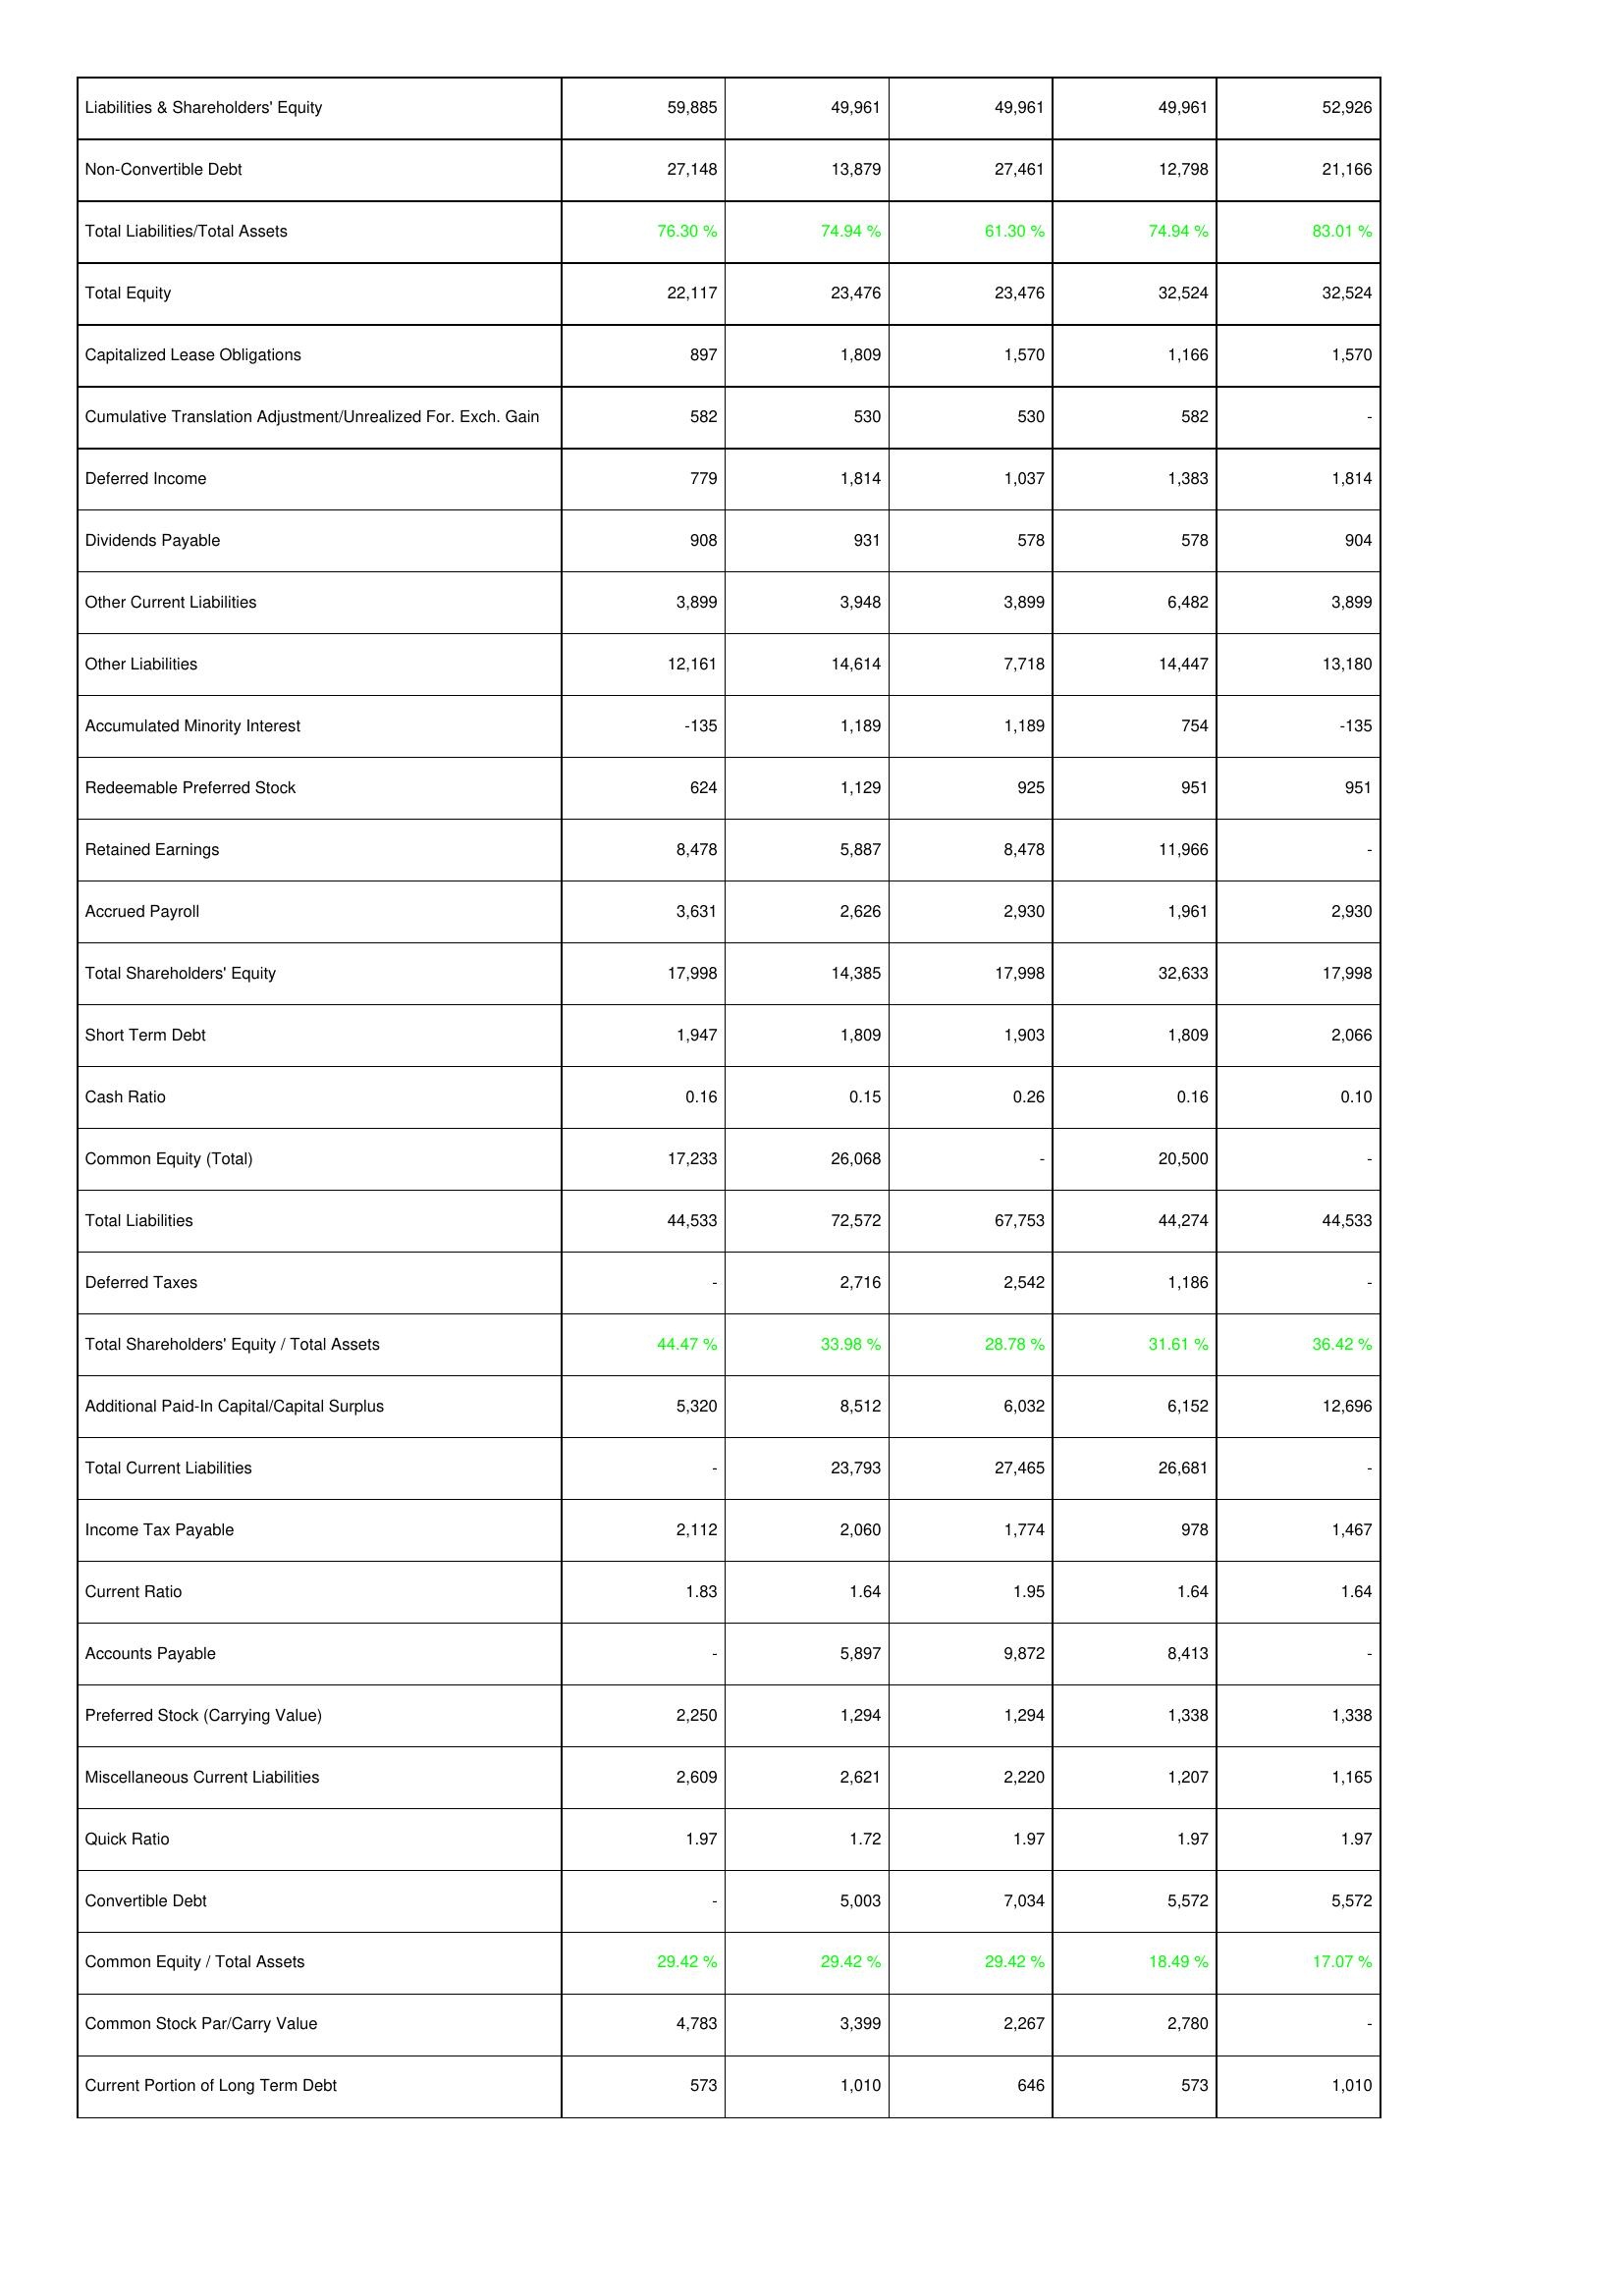
2009: Liabilities & Shareholders' Equity: Liabilities & Shareholders' Equity: 59,885
Non-Convertible Debt: 27,148
Total Liabilities/Total Assets: 76.30 %
Total Equity: 22,117
Capitalized Lease Obligations: 897
Cumulative Translation Adjustment/Unrealized For. Exch. Gain: 582
Deferred Income: 779
Dividends Payable: 908
Other Current Liabilities: 3,899
Other Liabilities: 12,161
Accumulated Minority Interest: -135
Redeemable Preferred Stock: 624
Retained Earnings: 8,478
Accrued Payroll: 3,631
Total Shareholders' Equity: 17,998
Short Term Debt: 1,947
Cash Ratio: 0.16
Common Equity (Total): 17,233
Total Liabilities: 44,533
Deferred Taxes: -
Total Shareholders' Equity / Total Assets: 44.47 %
Additional Paid-In Capital/Capital Surplus: 5,320
Total Current Liabilities: -
Income Tax Payable: 2,112
Current Ratio: 1.83
Accounts Payable: -
Preferred Stock (Carrying Value): 2,250
Miscellaneous Current Liabilities: 2,609
Quick Ratio: 1.97
Convertible Debt: -
Common Equity / Total Assets: 29.42 %
Common Stock Par/Carry Value: 4,783
Current Portion of Long Term Debt: 573
2010: Liabilities & Shareholders' Equity: Liabilities & Shareholders' Equity: 49,961
Non-Convertible Debt: 13,879
Total Liabilities/Total Assets: 74.94 %
Total Equity: 23,476
Capitalized Lease Obligations: 1,809
Cumulative Translation Adjustment/Unrealized For. Exch. Gain: 530
Deferred Income: 1,814
Dividends Payable: 931
Other Current Liabilities: 3,948
Other Liabilities: 14,614
Accumulated Minority Interest: 1,189
Redeemable Preferred Stock: 1,129
Retained Earnings: 5,887
Accrued Payroll: 2,626
Total Shareholders' Equity: 14,385
Short Term Debt: 1,809
Cash Ratio: 0.15
Common Equity (Total): 26,068
Total Liabilities: 72,572
Deferred Taxes: 2,716
Total Shareholders' Equity / Total Assets: 33.98 %
Additional Paid-In Capital/Capital Surplus: 8,512
Total Current Liabilities: 23,793
Income Tax Payable: 2,060
Current Ratio: 1.64
Accounts Payable: 5,897
Preferred Stock (Carrying Value): 1,294
Miscellaneous Current Liabilities: 2,621
Quick Ratio: 1.72
Convertible Debt: 5,003
Common Equity / Total Assets: 29.42 %
Common Stock Par/Carry Value: 3,399
Current Portion of Long Term Debt: 1,010
2011: Liabilities & Shareholders' Equity: Liabilities & Shareholders' Equity: 49,961
Non-Convertible Debt: 27,461
Total Liabilities/Total Assets: 61.30 %
Total Equity: 23,476
Capitalized Lease Obligations: 1,570
Cumulative Translation Adjustment/Unrealized For. Exch. Gain: 530
Deferred Income: 1,037
Dividends Payable: 578
Other Current Liabilities: 3,899
Other Liabilities: 7,718
Accumulated Minority Interest: 1,189
Redeemable Preferred Stock: 925
Retained Earnings: 8,478
Accrued Payroll: 2,930
Total Shareholders' Equity: 17,998
Short Term Debt: 1,903
Cash Ratio: 0.26
Common Equity (Total): -
Total Liabilities: 67,753
Deferred Taxes: 2,542
Total Shareholders' Equity / Total Assets: 28.78 %
Additional Paid-In Capital/Capital Surplus: 6,032
Total Current Liabilities: 27,465
Income Tax Payable: 1,774
Current Ratio: 1.95
Accounts Payable: 9,872
Preferred Stock (Carrying Value): 1,294
Miscellaneous Current Liabilities: 2,220
Quick Ratio: 1.97
Convertible Debt: 7,034
Common Equity / Total Assets: 29.42 %
Common Stock Par/Carry Value: 2,267
Current Portion of Long Term Debt: 646
2012: Liabilities & Shareholders' Equity: Liabilities & Shareholders' Equity: 49,961
Non-Convertible Debt: 12,798
Total Liabilities/Total Assets: 74.94 %
Total Equity: 32,524
Capitalized Lease Obligations: 1,166
Cumulative Translation Adjustment/Unrealized For. Exch. Gain: 582
Deferred Income: 1,383
Dividends Payable: 578
Other Current Liabilities: 6,482
Other Liabilities: 14,447
Accumulated Minority Interest: 754
Redeemable Preferred Stock: 951
Retained Earnings: 11,966
Accrued Payroll: 1,961
Total Shareholders' Equity: 32,633
Short Term Debt: 1,809
Cash Ratio: 0.16
Common Equity (Total): 20,500
Total Liabilities: 44,274
Deferred Taxes: 1,186
Total Shareholders' Equity / Total Assets: 31.61 %
Additional Paid-In Capital/Capital Surplus: 6,152
Total Current Liabilities: 26,681
Income Tax Payable: 978
Current Ratio: 1.64
Accounts Payable: 8,413
Preferred Stock (Carrying Value): 1,338
Miscellaneous Current Liabilities: 1,207
Quick Ratio: 1.97
Convertible Debt: 5,572
Common Equity / Total Assets: 18.49 %
Common Stock Par/Carry Value: 2,780
Current Portion of Long Term Debt: 573
2013: Liabilities & Shareholders' Equity: Liabilities & Shareholders' Equity: 52,926
Non-Convertible Debt: 21,166
Total Liabilities/Total Assets: 83.01 %
Total Equity: 32,524
Capitalized Lease Obligations: 1,570
Cumulative Translation Adjustment/Unrealized For. Exch. Gain: -
Deferred Income: 1,814
Dividends Payable: 904
Other Current Liabilities: 3,899
Other Liabilities: 13,180
Accumulated Minority Interest: -135
Redeemable Preferred Stock: 951
Retained Earnings: -
Accrued Payroll: 2,930
Total Shareholders' Equity: 17,998
Short Term Debt: 2,066
Cash Ratio: 0.10
Common Equity (Total): -
Total Liabilities: 44,533
Deferred Taxes: -
Total Shareholders' Equity / Total Assets: 36.42 %
Additional Paid-In Capital/Capital Surplus: 12,696
Total Current Liabilities: -
Income Tax Payable: 1,467
Current Ratio: 1.64
Accounts Payable: -
Preferred Stock (Carrying Value): 1,338
Miscellaneous Current Liabilities: 1,165
Quick Ratio: 1.97
Convertible Debt: 5,572
Common Equity / Total Assets: 17.07 %
Common Stock Par/Carry Value: -
Current Portion of Long Term Debt: 1,010